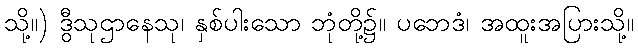
သို့။) ဒွီသုဌာနေသု၊ နှစ်ပါးသော ဘုံတို့၌။ ပဘေဒံ၊ အထူးအပြားသို့။